65_HS1-834228961_62-HQ-83894_Section_7
Agency: FBI
Page 151
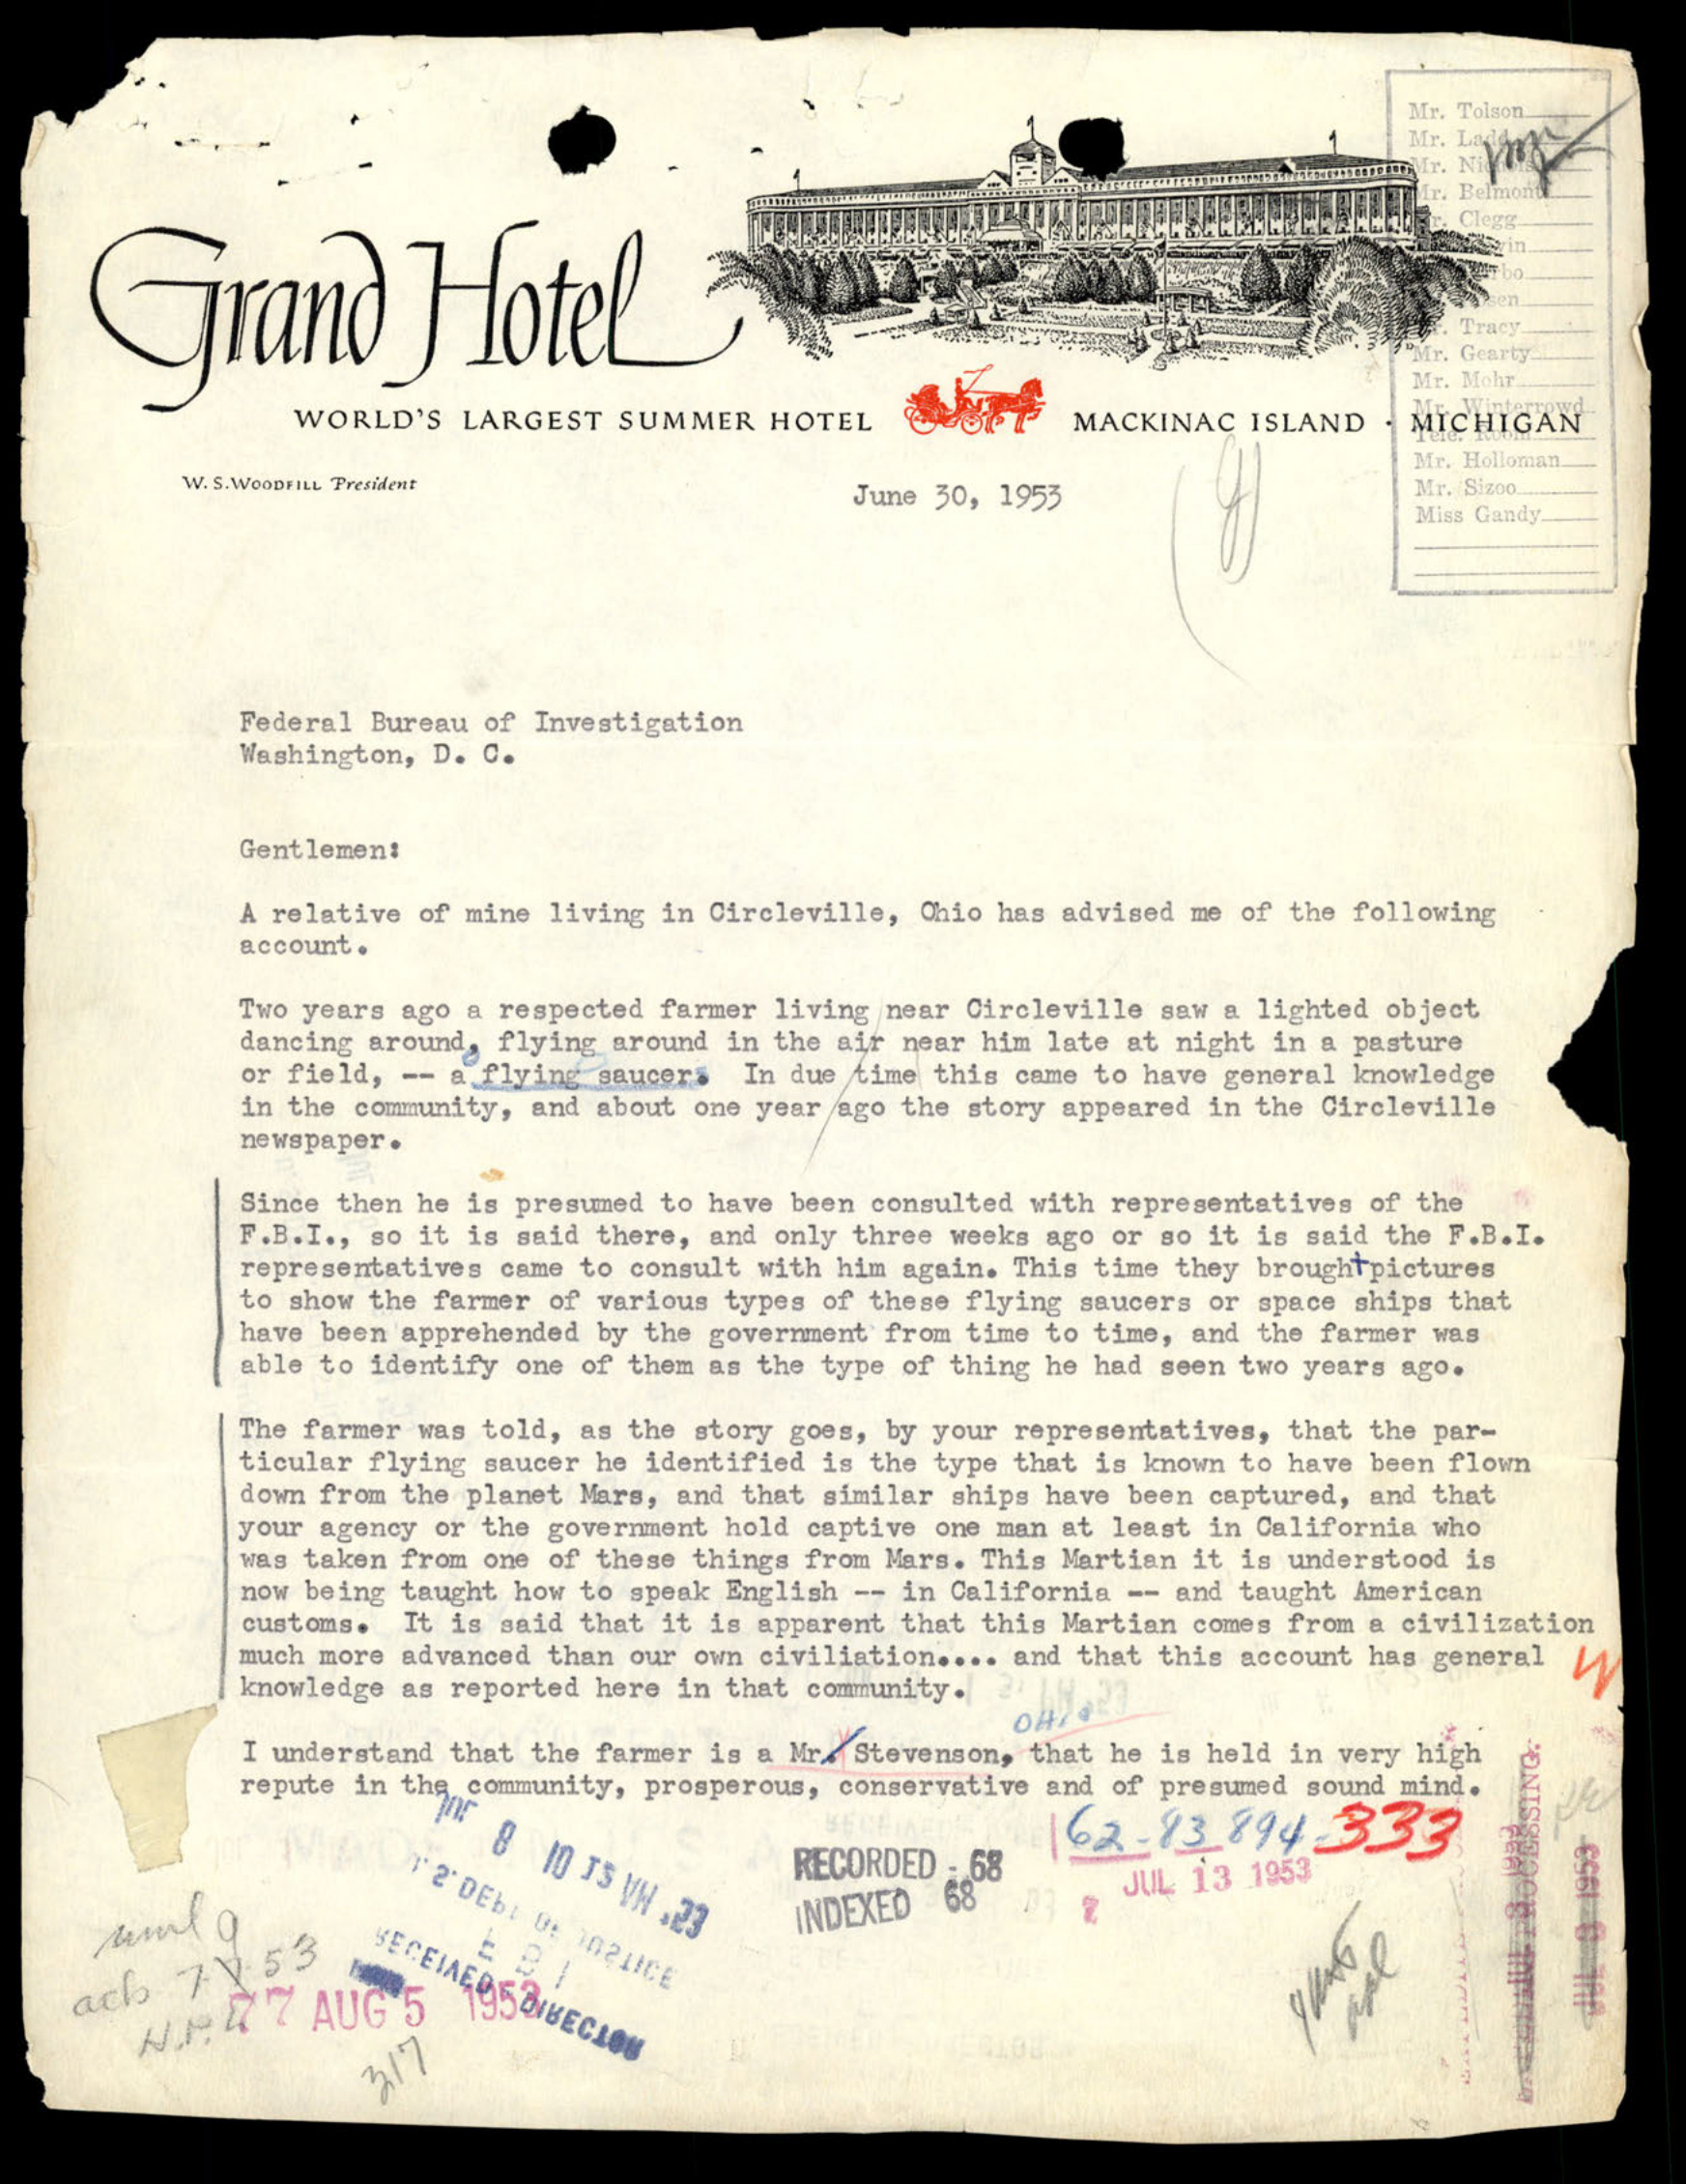